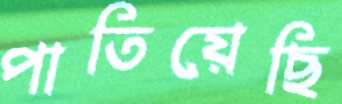
পাতিয়েছি